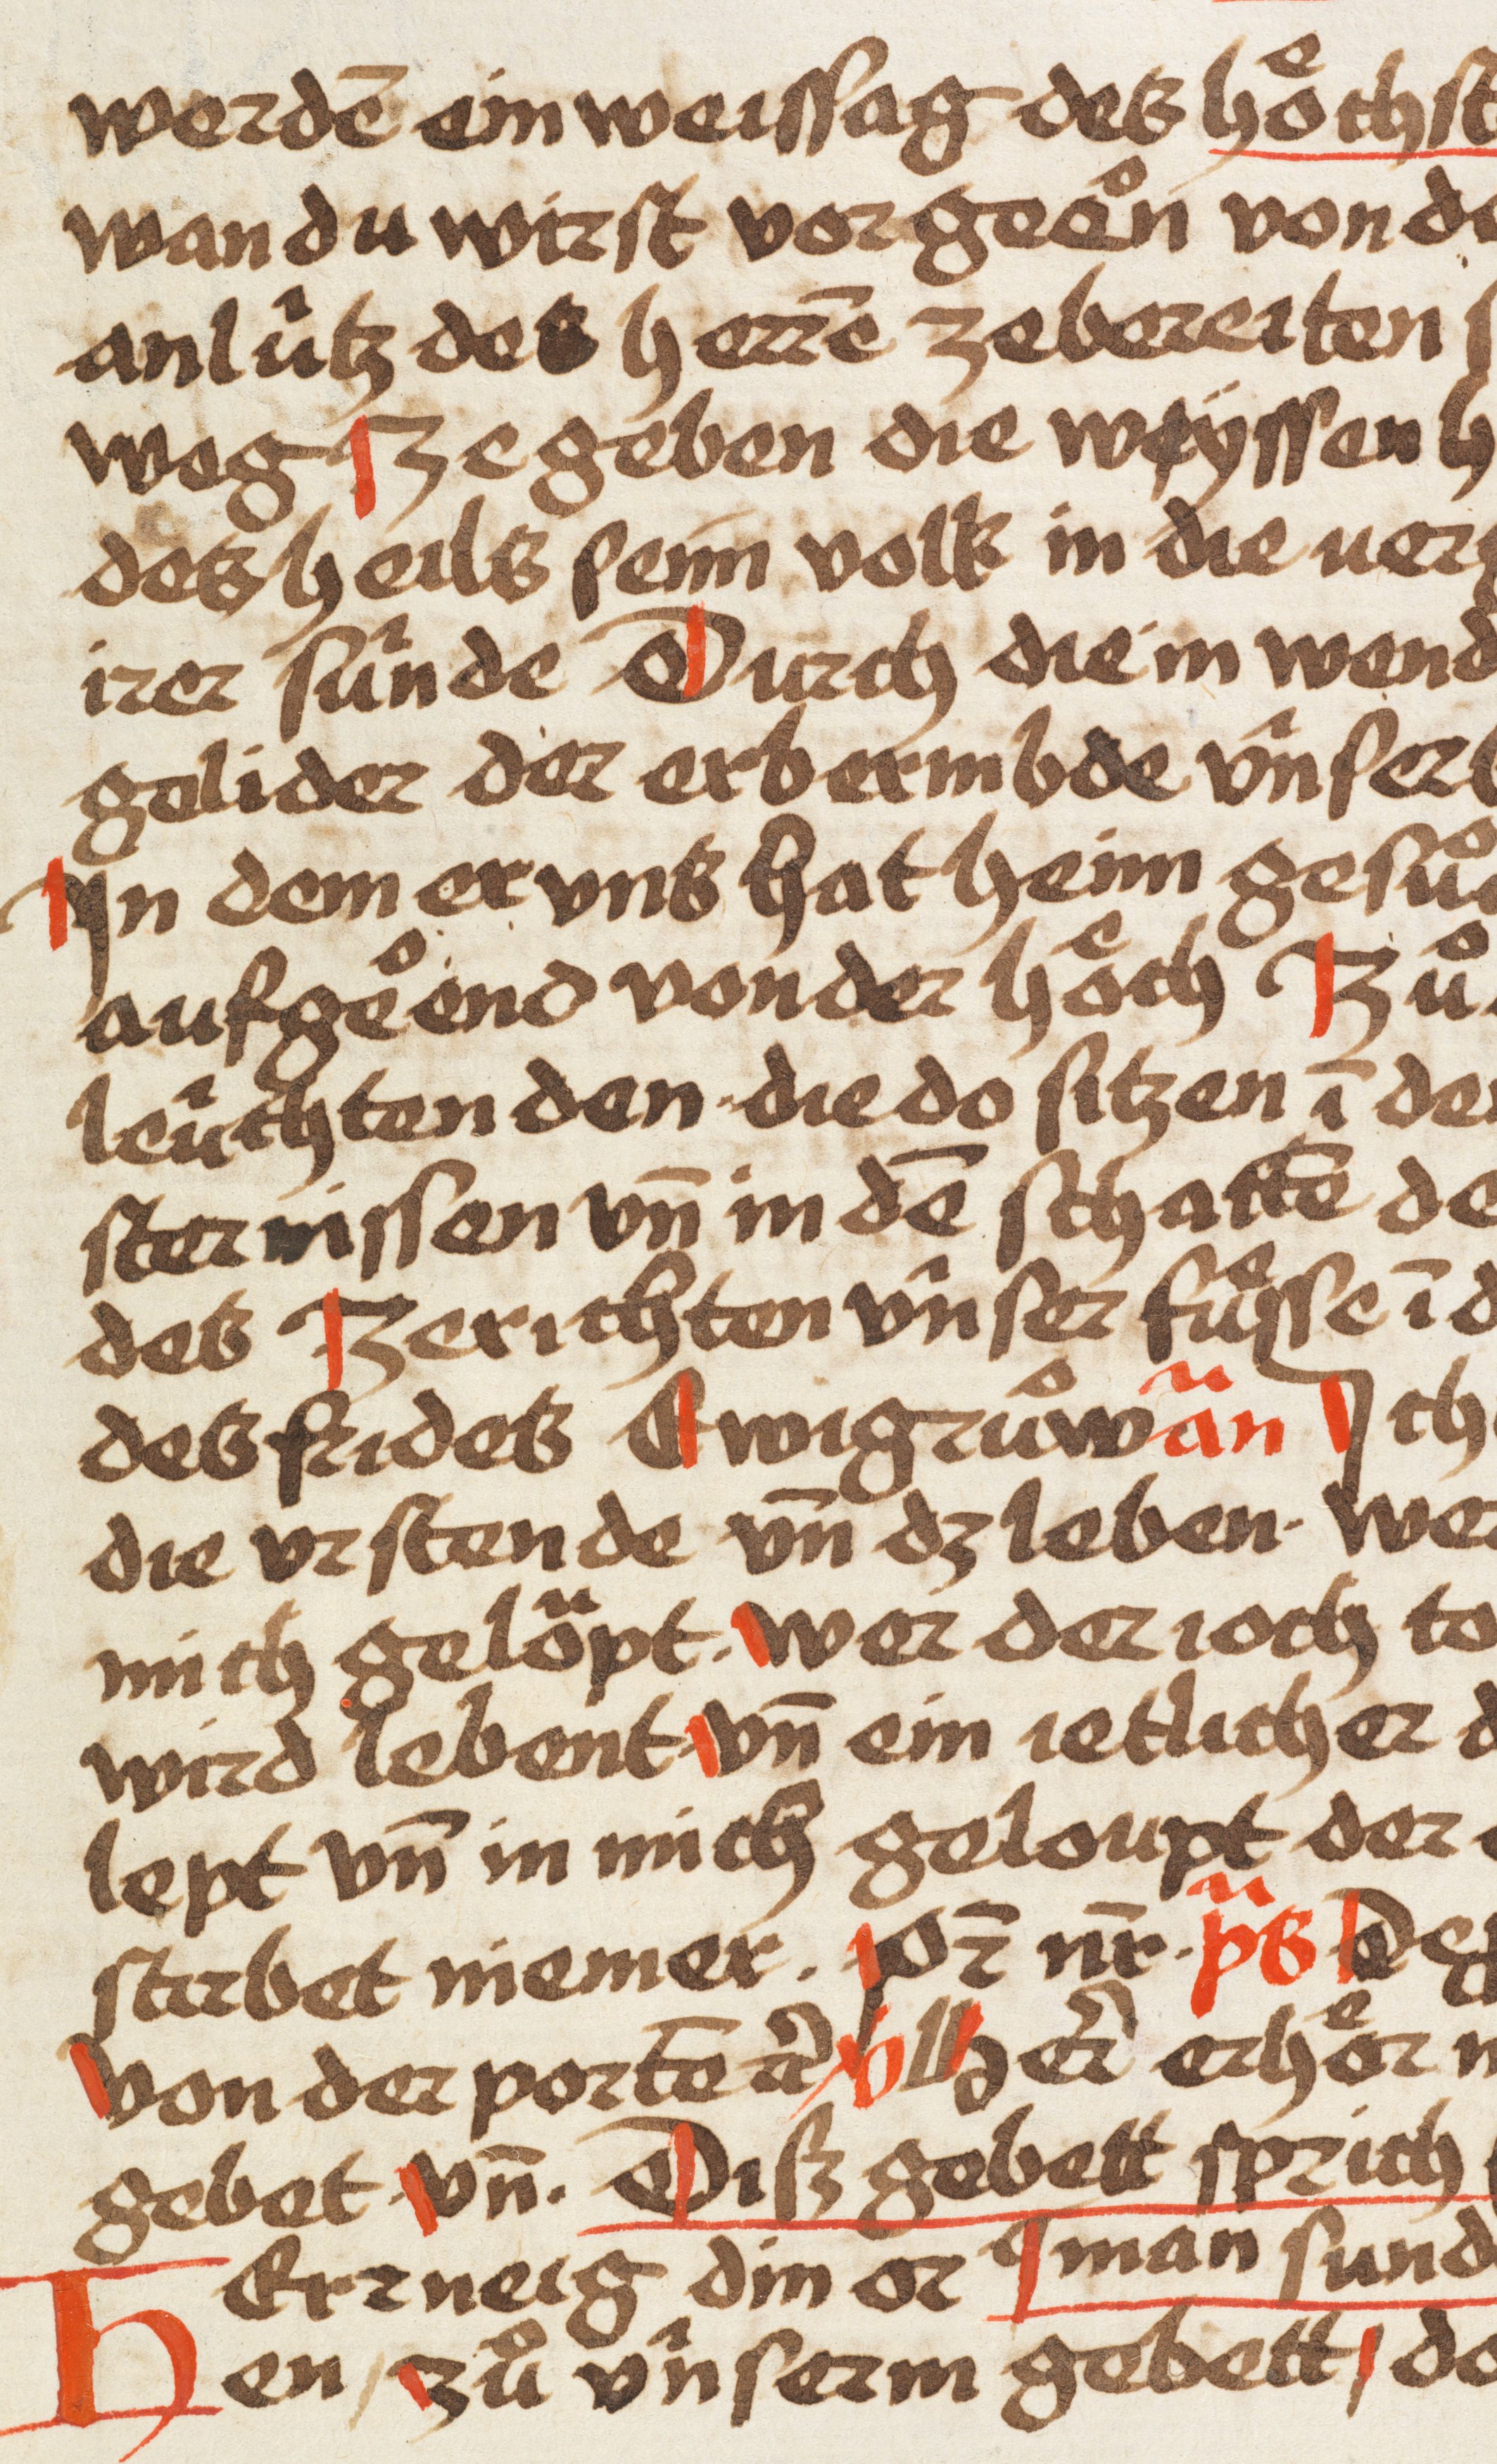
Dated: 1480–1480